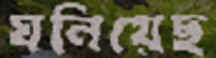
ঘনিয়েছ